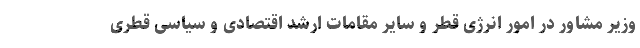
وزیر مشاور در امور انرژی قطر و سایر مقامات ارشد اقتصادی و سیاسی قطری